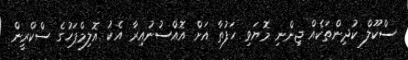
ސްކޫލް ކުދިންތަކެއް ޖިންނި މޮޔަވި ހަފުތާ އަށް އޮއްސުނުއިރާ އެކު އޮލިމްޕަހުގެ ސްކްރީން